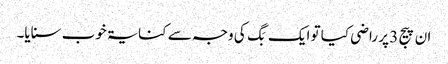
ان پیج 3 پر راضی کیا تو ایک بَگ کی وجہ سے کنایۃ خوب سنایا۔